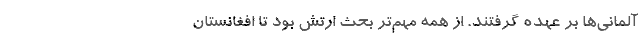
آلماني‌ها بر عهده گرفتند. از همه مهم‌تر بحث ارتش بود تا افغانستان